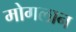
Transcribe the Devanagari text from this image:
मोगलान